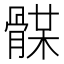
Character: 𩩥